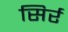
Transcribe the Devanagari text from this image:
सिर्र